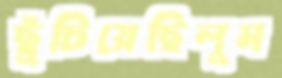
ছুঁচিয়েছিলুম